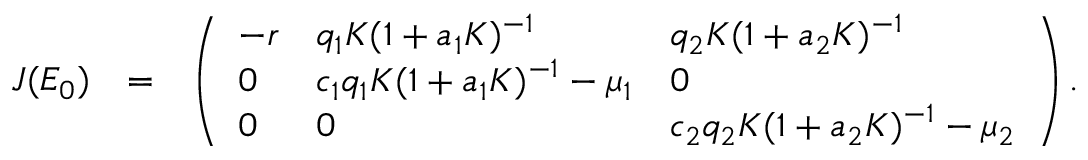
\begin{array} { r l r } { J ( E _ { 0 } ) } & { = } & { \left( \begin{array} { l l l } { - r } & { q _ { 1 } K ( 1 + a _ { 1 } K ) ^ { - 1 } } & { q _ { 2 } K ( 1 + a _ { 2 } K ) ^ { - 1 } } \\ { 0 } & { c _ { 1 } q _ { 1 } K ( 1 + a _ { 1 } K ) ^ { - 1 } - \mu _ { 1 } } & { 0 } \\ { 0 } & { 0 } & { c _ { 2 } q _ { 2 } K ( 1 + a _ { 2 } K ) ^ { - 1 } - \mu _ { 2 } } \end{array} \right) . } \end{array}